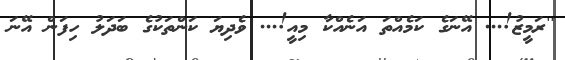
''ރަމީޒު!... އޭނަގެ ކަމެއްތަ އަނެއްކާ މިއީ!... ވެދިޔަ ކަންތަކުގެ ބަދަލު ހިފަން އޭނަ